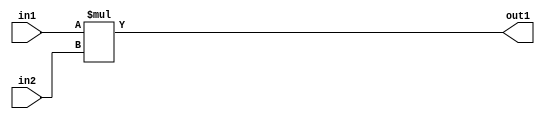
`timescale 1ps / 1ps
/*****************************************************************************
    Verilog RTL Description
    
    
    Created by: Stratus DpOpt 2019.1.01 
*******************************************************************************/

module SobelFilter_Mul_8Ux8U_16U_1 (
	in2,
	in1,
	out1
	); /* architecture "behavioural" */ 
input [7:0] in2,
	in1;
output [15:0] out1;
wire [15:0] asc001;

assign asc001 = 
	+(in1 * in2);

assign out1 = asc001;
endmodule

/* CADENCE  urj4TQ4= : u9/ySgnWtBlWxVPRXgAZ4Og= ** DO NOT EDIT THIS LINE ******/